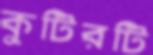
কুটিরটি